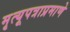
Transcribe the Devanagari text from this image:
मृत्यूपत्राप्रमाणे